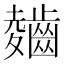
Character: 𲎣